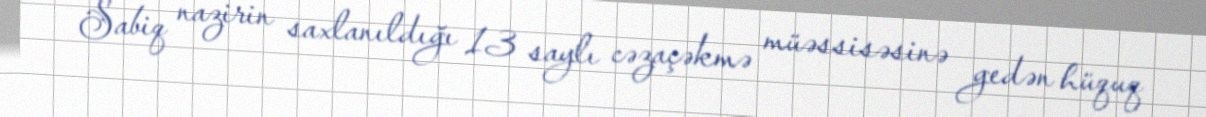
Sabiq nazirin saxlanıldığı 13 saylı cəzaçəkmə müəssisəsinə gedən hüquq